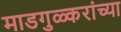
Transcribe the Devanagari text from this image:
माडगुळ्करांच्या